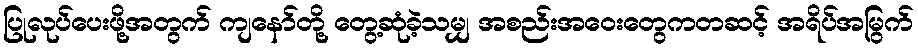
ပြုလုပ်ပေးဖို့အတွက် ကျနော်တို့ တွေ့ဆုံခဲ့သမျှ အစည်းအဝေးတွေကတဆင့် အရိပ်အမြွက်